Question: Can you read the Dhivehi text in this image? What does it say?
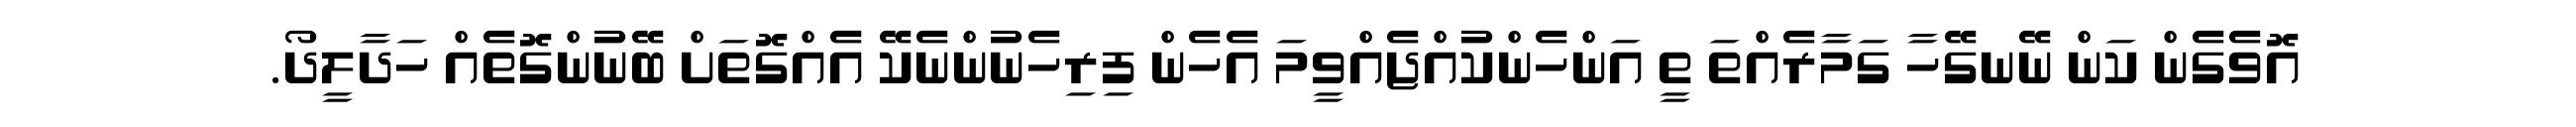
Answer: އޮވެގެން ކަން ނޭނގޭހާ ގަމާރެއްތަ ތީ އަންހެންކުއްޖެއްވީމަ އެހެން ފިރިހެނުންނެކޭ އެއްގޮތަށް ބޭނުންގޮތެއް ހަދާލީދޯ.